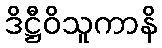
ဒိဋ္ဌီဝိသူကာနိ